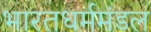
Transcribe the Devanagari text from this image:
भारतधर्ममंडल